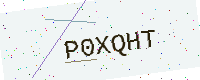
Text: P0XQHT